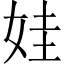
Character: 娃